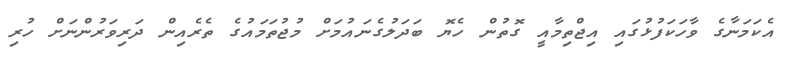
އެކަމަނާގެ ވާހަކަފުޅުގައި އިޖްތިމާއީ ގޮތުން ހެޔޮ ބަދަލުގެނައުމަށް މުޖުތަމައުގެ ތެރެއިން ދަރިވަރުންނަށް ހުރި